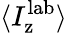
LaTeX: \langle I_{\mathrm{z}}^{\mathrm{lab}}\rangle